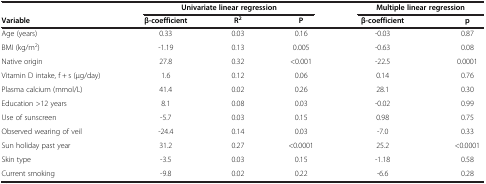
|  | <COLSPAN=3> Univariate linear regression | <COLSPAN=2> Multiple linear regression |
 | Variable | β-coefficient | R2 | P | β-coefficient | p |
 | --- | --- | --- | --- | --- | --- |
 | Age (years) | 0.33 | 0.03 | 0.16 | -0.03 | 0.87 |
 | BMI (kg/m2) | -1.19 | 0.13 | 0.005 | -0.63 | 0.08 |
 | Native origin | 27.8 | 0.32 | <0.001 | -22.5 | 0.0001 |
 | Vitamin D intake, f + s (μg/day) | 1.6 | 0.12 | 0.06 | 0.14 | 0.76 |
 | Plasma calcium (mmol/L) | 41.4 | 0.02 | 0.26 | 28.1 | 0.30 |
 | Education >12 years | 8.1 | 0.08 | 0.03 | -0.02 | 0.99 |
 | Use of sunscreen | -5.7 | 0.03 | 0.15 | 0.98 | 0.75 |
 | Observed wearing of veil | -24.4 | 0.14 | 0.03 | -7.0 | 0.33 |
 | Sun holiday past year | 31.2 | 0.27 | <0.0001 | 25.2 | <0.0001 |
 | Skin type | -3.5 | 0.03 | 0.15 | -1.18 | 0.58 |
 | Current smoking | -9.8 | 0.02 | 0.22 | -6.6 | 0.28 |